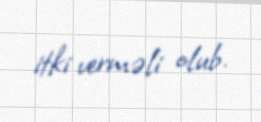
itki verməli olub.